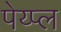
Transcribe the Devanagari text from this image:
पेय्प्ल